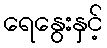
ရေနွေးနှင့်